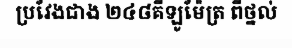
ប្រវែងជាង ២៤៨គីឡូម៉ែត្រ ពីថ្នល់